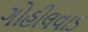
ગોહીલવાડ